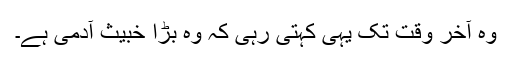
وہ آخر وقت تک یہی کہتی رہی کہ وہ بڑا خبیث آدمی ہے۔